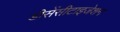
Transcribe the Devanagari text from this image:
डीसेंसीटाइजेशन